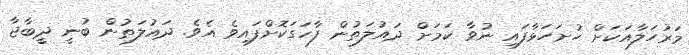
މަރުހަލާއަކަށް ހުށަހަޅާފައި ނުވާ ކަމަށް ދައުލަތުން ފާހަގަކޮށްފައިވެ އެވެ. ދައުލަތުން ބުނީ ދީބާޖާ